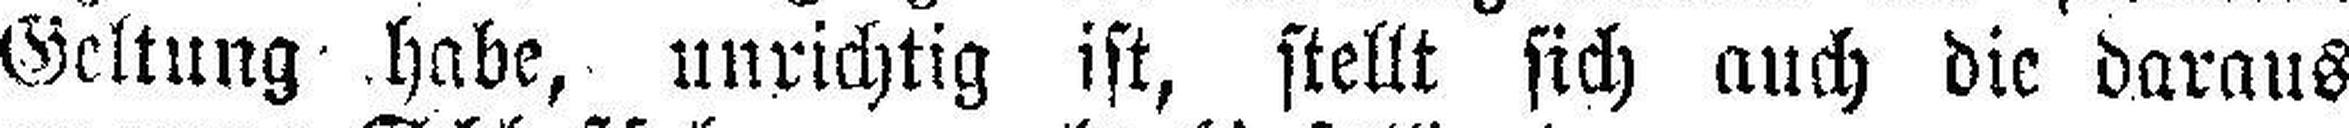
Geltung habe, unrichtig ist, stellt sich auch die daraus